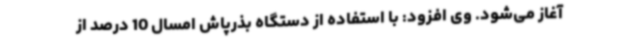
آغاز می‌شود. وی افزود: با استفاده از دستگاه بذرپاش امسال 10 درصد از